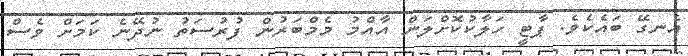
އެނގޭ ބައެކެވެ. ޕާޓީ ހަލާކުކޮށްލަން އާއްމު މެމްބަރުން ފުރުސަތު ނުދޭނެ ކަމަށް ވެސް